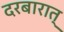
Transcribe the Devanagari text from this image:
दरबारात्